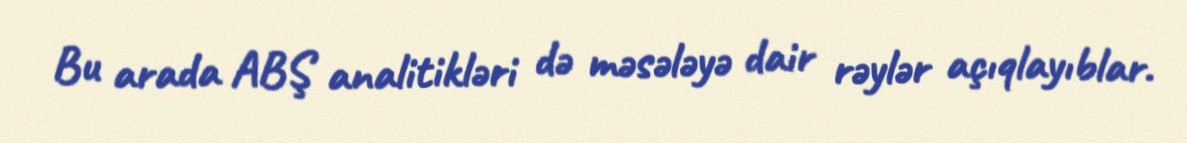
Bu arada ABŞ analitikləri də məsələyə dair rəylər açıqlayıblar.